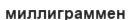
миллиграммен